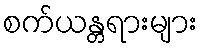
စက်ယန္တရားများ